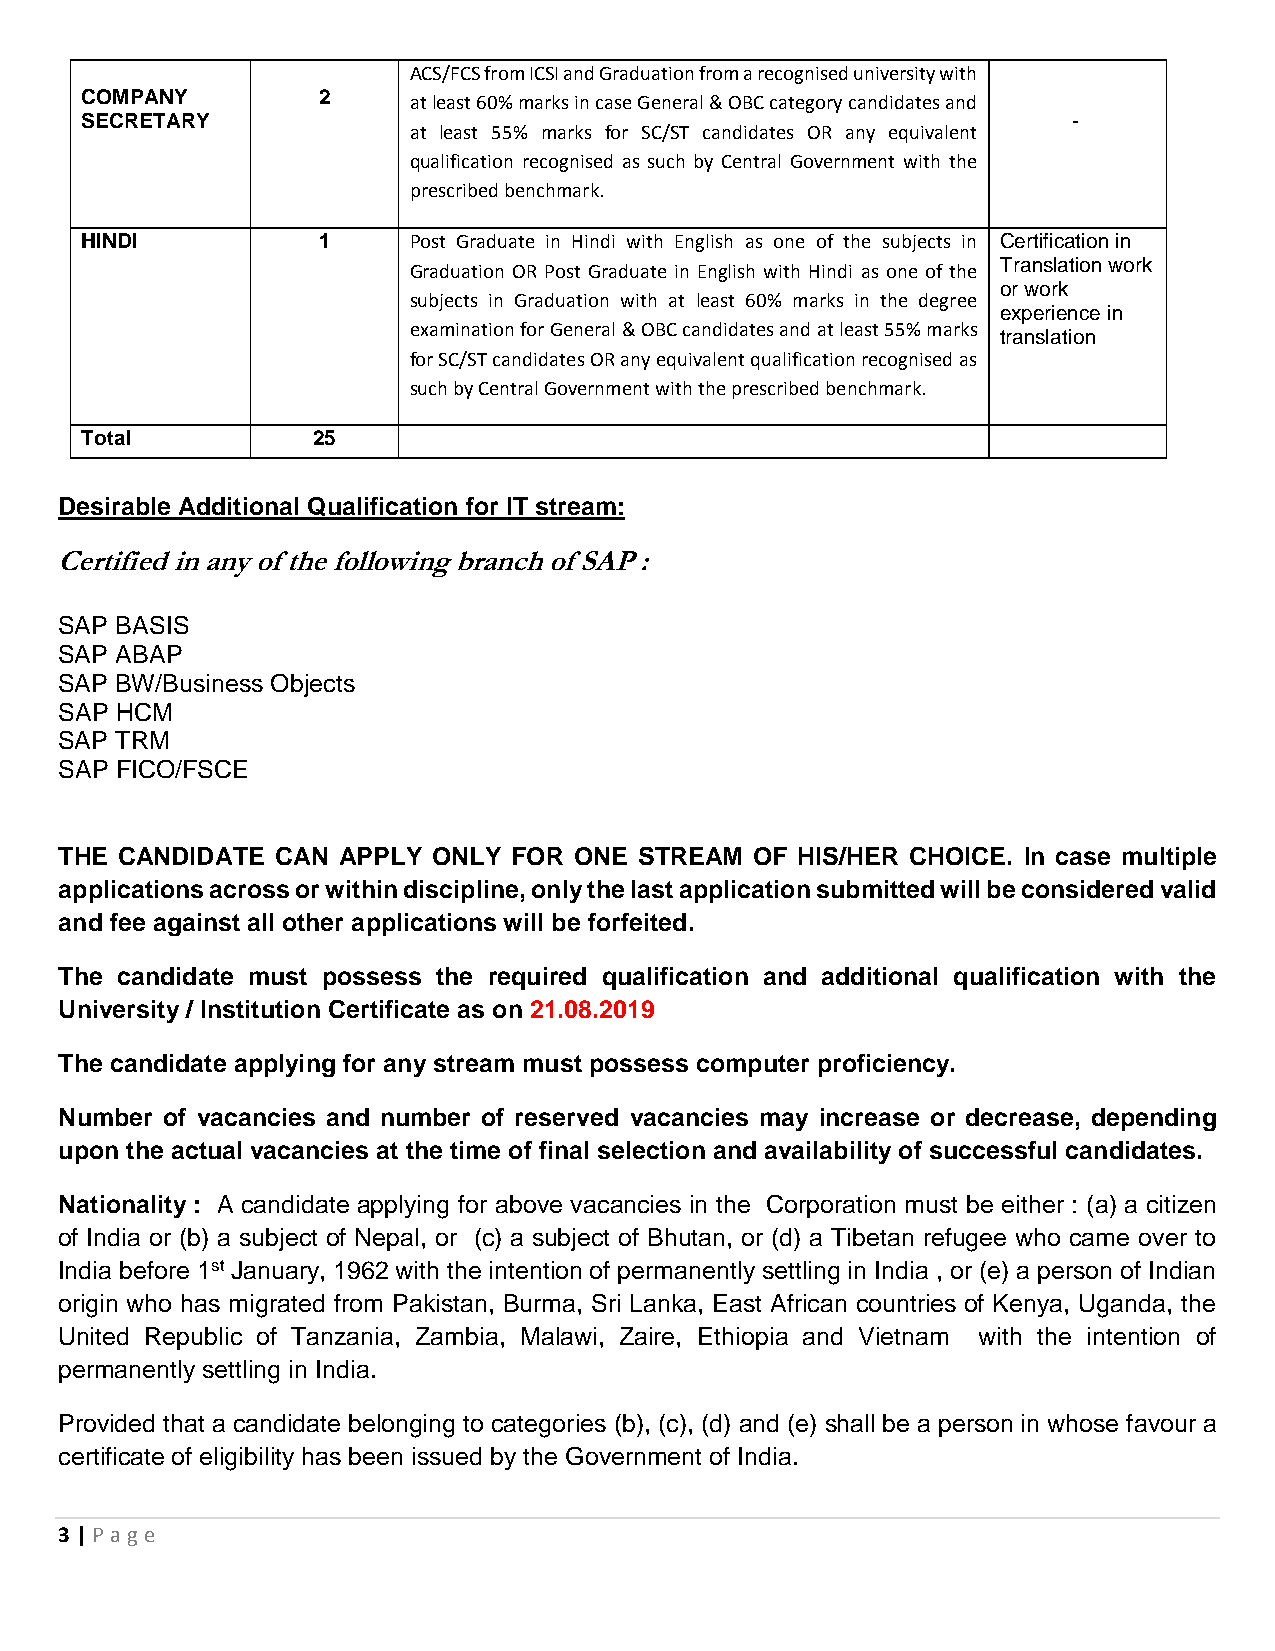
ACS/FCS from ICSI and Graduation from a recognised university with
 COMPANY         2
 at least 60% marks in case General & OBC category candidates and
 SECRETARY                                                         -
 at least 55% marks for SC/ST candidates OR any equivalent
 qualification recognised as such by Central Government with the
 prescribed benchmark.
 HINDI           1     Post Graduate in Hindi with English as one of the subjects in Certification in
 Translation work
 Graduation OR Post Graduate in English with Hindi as one of the
 or work
 subjects in Graduation with at least 60% marks in the degree
 experience in
 examination for General & OBC candidates and at least 55% marks
 translation
 for SC/ST candidates OR any equivalent qualification recognised as
 such by Central Government with the prescribed benchmark.
 Total           25
 Desirable Additional Qualification for IT stream:
 Certified in any of the following branch of SAP :
 SAP BASIS
 SAP ABAP
 SAP BW/Business Objects
 SAP HCM
 SAP TRM
 SAP FICO/FSCE
 THE CANDIDATE CAN APPLY  ONLY FOR ONE STREAM  OF HIS/HER CHOICE. In case multiple
 applications across or within discipline, only the last application submitted will be considered valid
 and fee against all other applications will be forfeited.
 The candidate must possess the required qualification and additional qualification with the
 University / Institution Certificate as on 21.08.2019
 The candidate applying for any stream must possess computer proficiency.
 Number of vacancies and number of reserved vacancies may increase or decrease, depending
 upon the actual vacancies at the time of final selection and availability of successful candidates.
 Nationality : A candidate applying for above vacancies in the Corporation must be either : (a) a citizen
 of India or (b) a subject of Nepal, or (c) a subject of Bhutan, or (d) a Tibetan refugee who came over to
 India before 1st January, 1962 with the intention of permanently settling in India , or (e) a person of Indian
 origin who has migrated from Pakistan, Burma, Sri Lanka, East African countries of Kenya, Uganda, the
 United Republic of Tanzania, Zambia, Malawi, Zaire, Ethiopia and Vietnam with the intention of
 permanently settling in India.
 Provided that a candidate belonging to categories (b), (c), (d) and (e) shall be a person in whose favour a
 certificate of eligibility has been issued by the Government of India.
 3 | P age